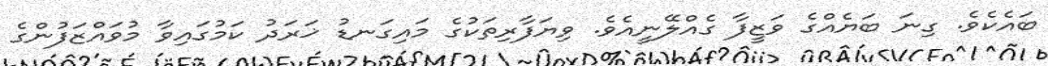
ބައެކެވެ. ގިނަ ބަޔެއްގެ ވަޒީފާ ގެއްލޭނީއެވެ. ވިޔަފާރިތަކުގެ މައިގަނޑު ޚަރަދު ކަމުގައިވާ މުވައްޒަފުންގެ